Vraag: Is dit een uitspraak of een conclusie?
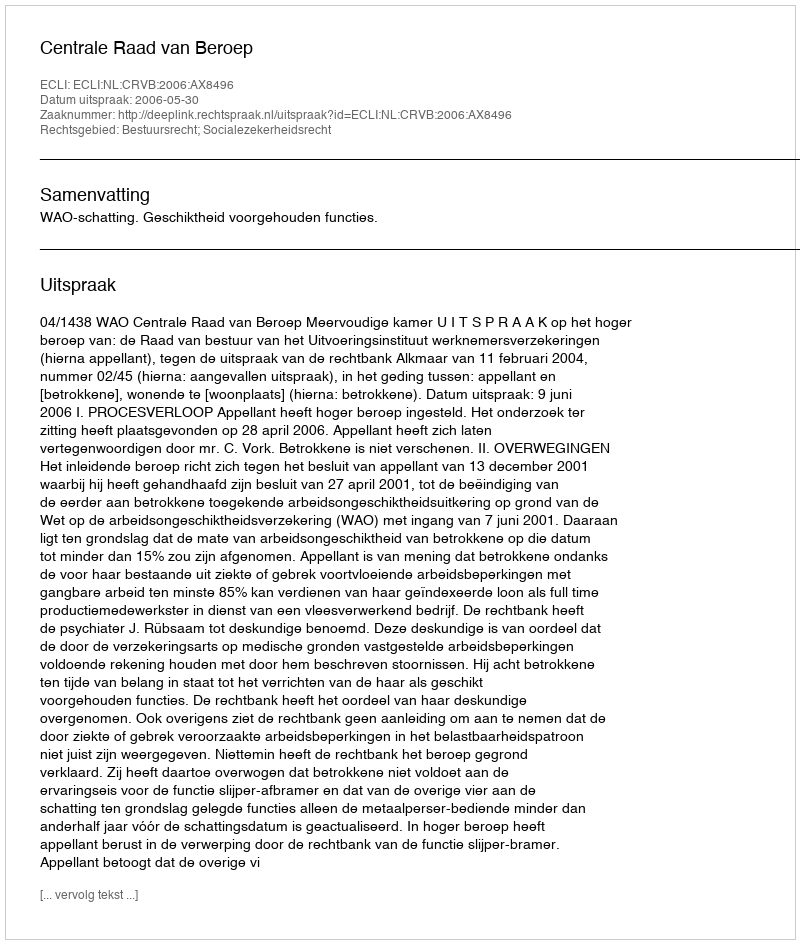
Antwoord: Uitspraak